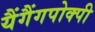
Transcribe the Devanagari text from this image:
यैंगैंगपोक्पी